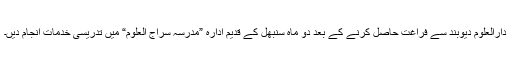
دارالعلوم دیوبند سے فراغت حاصل کرنے کے بعد دو ماہ سنبھل کے قدیم ادارہ ”مدرسہ سراج العلوم“ میں تدریسی خدمات انجام دیں۔